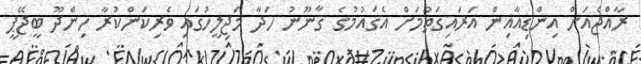
ރާއްޖެއަށް އިންޑިއާއިން އަރައިގަތުމަށް އެޤައުމުގެ ޤާނޫނު ހަދާ މަޖިލީހުގައި ވެރިކަންކުރާ ހިންދޫ ބީޖޭޕީ